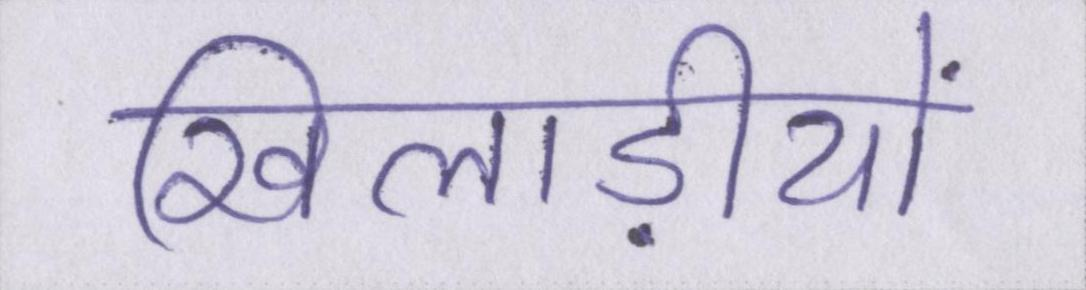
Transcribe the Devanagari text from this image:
खिलाड़ीयों